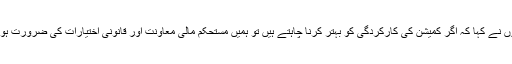
انھوں نے کہا کہ اگر کمیشن کی کارکردگی کو بہتر کرنا چاہتے ہیں تو ہمیں مستحکم مالی معاونت اور قانونی اختیارات کی ضرورت ہوگی۔